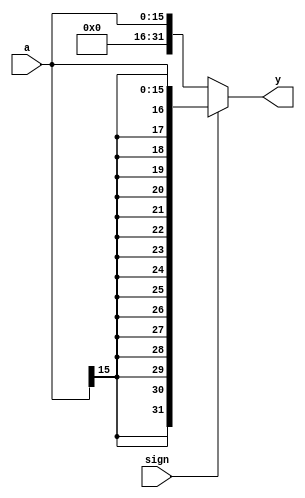
`timescale 1ns / 1ps

/*
	: signext
	: 
	:
		a			16 
		sign		0-, 1-
	:
		y			32 
*/
module signext(
	input 	wire[15:0] 	a,
	input	wire		sign,
	output 	wire[31:0] 	y
    );

	assign y = sign ? {{16{a[15]}}, a} : {16'b0, a};

endmodule